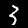
Label: 3